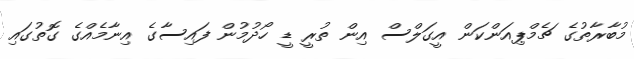
މުބާރާތުގެ ޗެމްޕިއަންކަން އީގަލްސް އިން ތުރީ ޑީ ހޯދުުމުން ފައިސާގެ އިނާމެއްގެ ގޮތުގައި